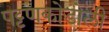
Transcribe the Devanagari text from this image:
पट्टणकोडोली